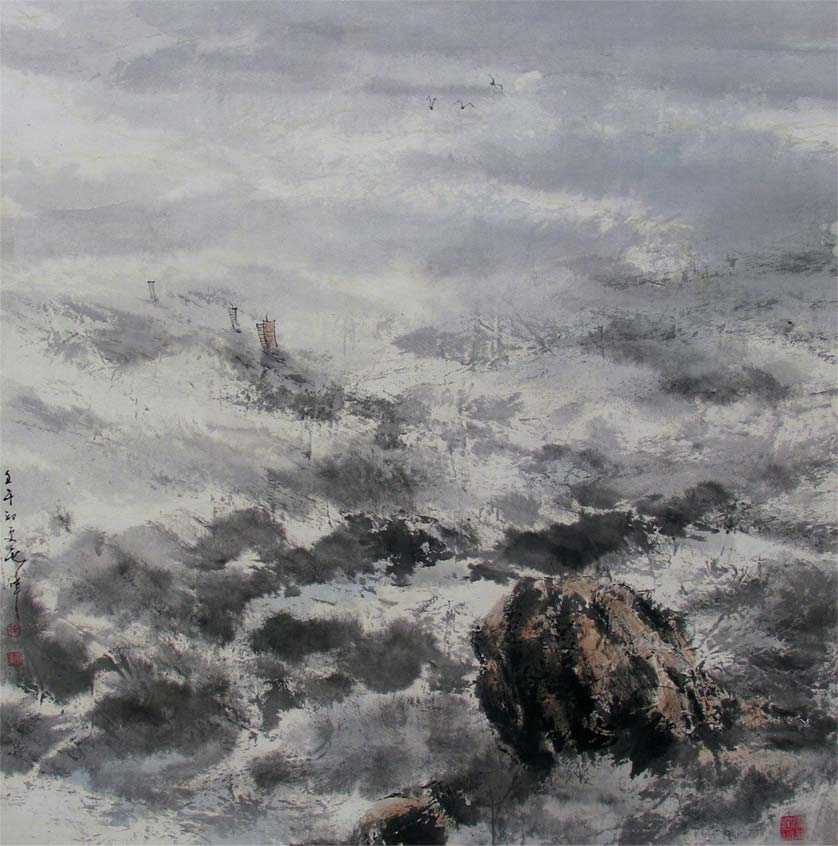
天外黑风吹海立，浙东飞雨过江来。